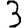
Digit: 3